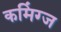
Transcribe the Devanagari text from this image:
कमिंग्ज